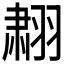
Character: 𬚄